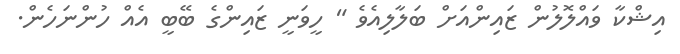
އިޝްކާ ވައްލޮލުން ޒައިންއަށް ބަލާލިއެވެ " ހީވަނީ ޒައިންގެ ބޭބީ އެއް ހުންނަހެން.